Problem: 2 - 2 = ?
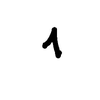
Handwritten answer: 1